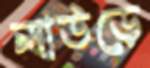
লাউড়ে